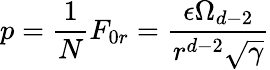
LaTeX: p=\frac{1}{N}F_{0r}=\frac{\epsilon\Omega_{d-2}}{r^{d-2}\sqrt{\gamma}}